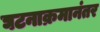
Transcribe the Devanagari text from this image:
घटनाक्रमानंतर